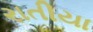
રાતીયા